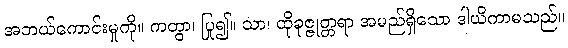
အဘယ်ကောင်းမှုကို။ ကတွာ၊ ပြု၍။ သာ၊ ထိုခုဇ္ဇုတ္တရာ အမည်ရှိသော ဒါယိကာမသည်။